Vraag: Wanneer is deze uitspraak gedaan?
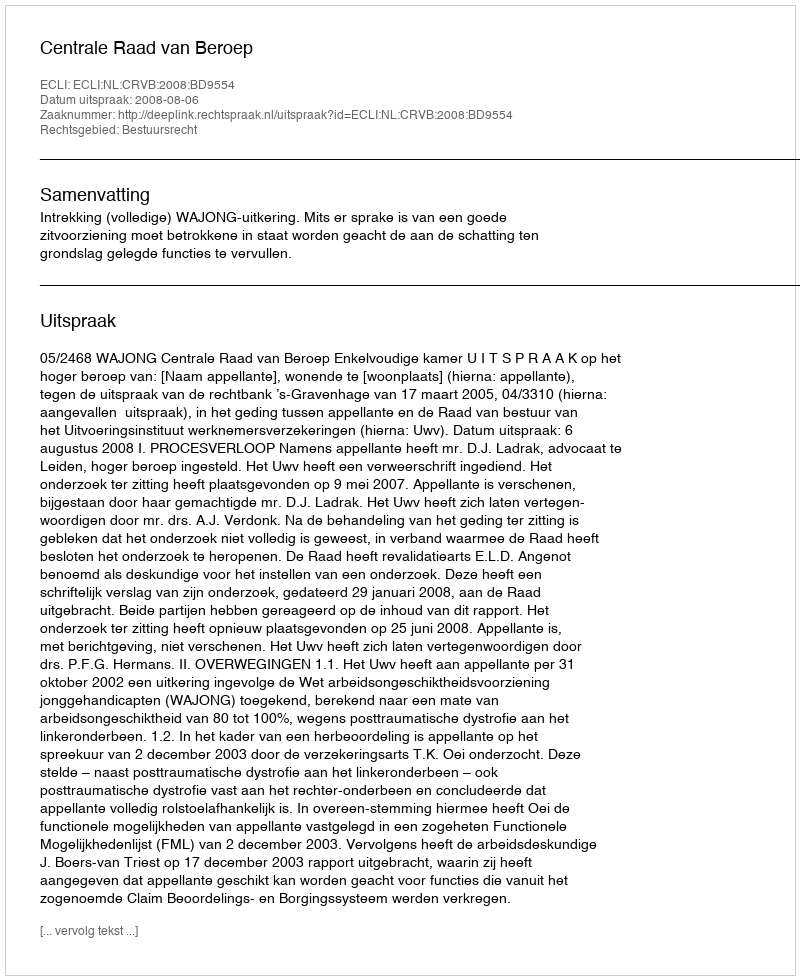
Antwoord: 2008-08-06